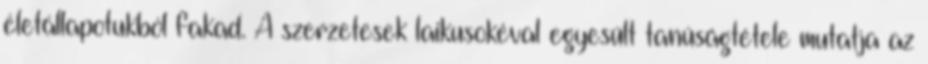
életállapotukból fakad. A szerzetesek laikusokéval egyesült tanúságtétele mutatja az